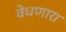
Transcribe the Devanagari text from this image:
वेधणारा